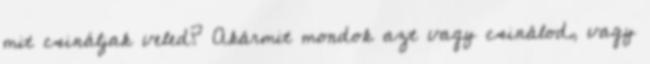
mit csináljak veled? Akármit mondok azt vagy csinálod, vagy